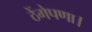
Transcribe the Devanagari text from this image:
ठेंगेपणा।